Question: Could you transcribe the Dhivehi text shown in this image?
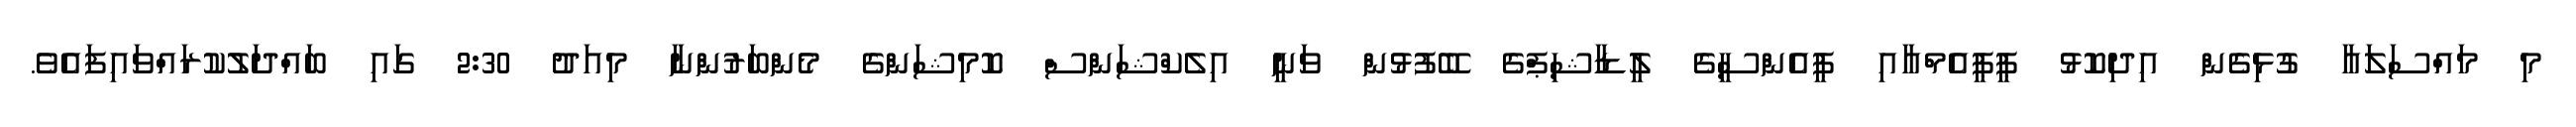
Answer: މި މައްސަލައާ ގުޅިގެން އިދިކޮޅު ޕީޕީއެމްއާއި ޕީއެންސީގެ ލީޑާޝިޕްގެ ބޭފުޅުން ވަނީ އިލެކްޝަންސް ކޮމިޝަންގެ މެންބަރުންނާ މިއަދު 2:30 ގައި ބައްދަލުކުރައްވައިފައެވެ.